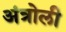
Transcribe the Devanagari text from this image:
अंत्रोली